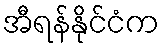
အီရန်နိုင်ငံက